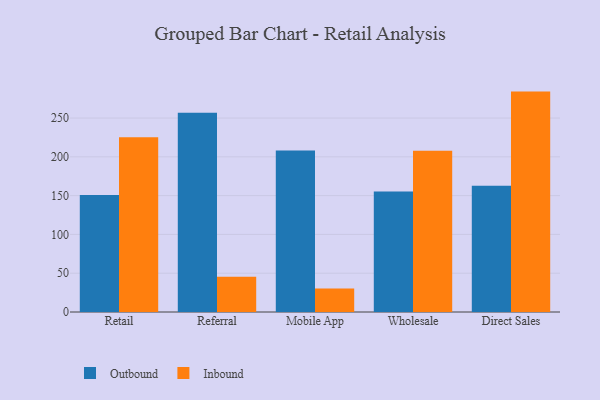
{"axis": {"x": "Channel", "y": "Population (Million)"}, "legend": ["Inbound", "Outbound"], "data": [{"x": "Retail", "y": 150.8, "type": "Outbound"}, {"x": "Retail", "y": 225.2, "type": "Inbound"}, {"x": "Referral", "y": 256.8, "type": "Outbound"}, {"x": "Referral", "y": 45.5, "type": "Inbound"}, {"x": "Mobile App", "y": 208.2, "type": "Outbound"}, {"x": "Mobile App", "y": 30.3, "type": "Inbound"}, {"x": "Wholesale", "y": 155.3, "type": "Outbound"}, {"x": "Wholesale", "y": 207.8, "type": "Inbound"}, {"x": "Direct Sales", "y": 162.7, "type": "Outbound"}, {"x": "Direct Sales", "y": 284.1, "type": "Inbound"}]}